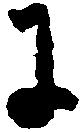
に